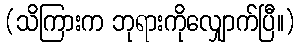
(သိကြားက ဘုရားကိုလျှောက်ပြီ။)